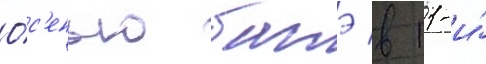
О́с'енью батэ в 11-и́